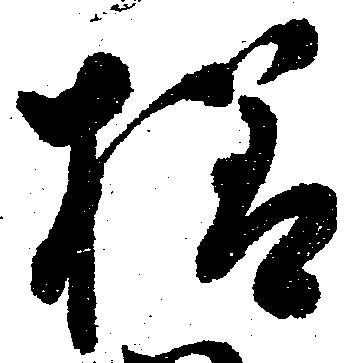
様